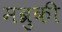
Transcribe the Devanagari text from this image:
मब्रुकी